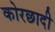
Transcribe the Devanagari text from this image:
कोरछादी